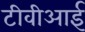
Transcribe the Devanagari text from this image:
टीवीआई